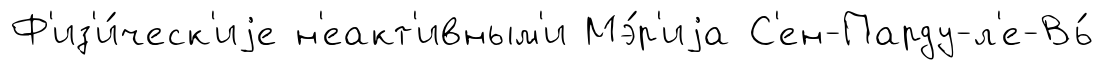
Ф'из'и́ческ'иjе н'еакт'ивным'и Мэ́р'иjа С'ен-Парду-л'е-Вь́